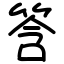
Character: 筨